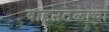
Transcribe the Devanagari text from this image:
वाहनतळाचा